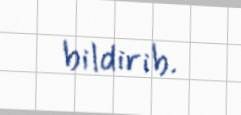
bildirib.